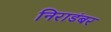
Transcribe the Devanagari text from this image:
निराडंबर